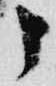
申